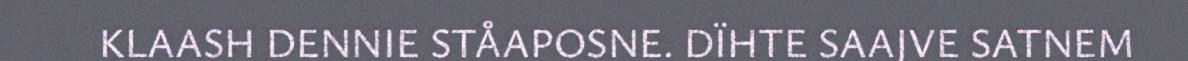
KLAASH DENNIE STÅAPOSNE. DÏHTE SAAJVE SATNEM